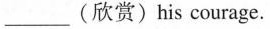
___ (欣赏) his courage.